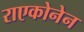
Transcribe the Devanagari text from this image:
राएकोनेन